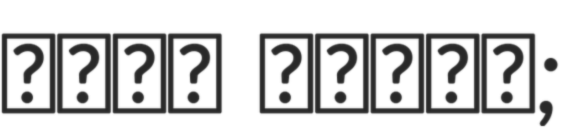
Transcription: جمال الحاج;